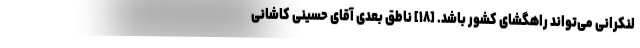
لنکرانی می‌تواند راهگشای کشور باشد. [۱۸] ناطق بعدی آقای حسینی کاشانی